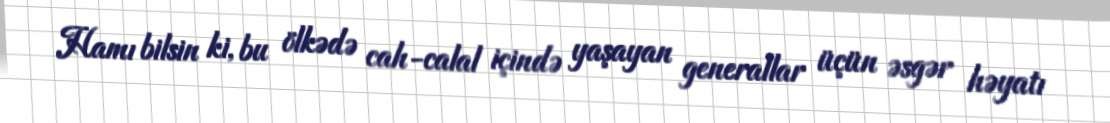
Hamı bilsin ki, bu ölkədə cah-calal içində yaşayan generallar üçün əsgər həyatı